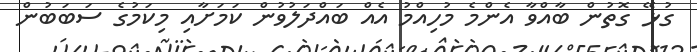
ގުޅޭ ގޮތުން ބާއްވާ އެންމެ މުހިއްމު އެއް ބައްދަލުވުން ކަމަށާއި މިކަމުގެ ސަބަބުން